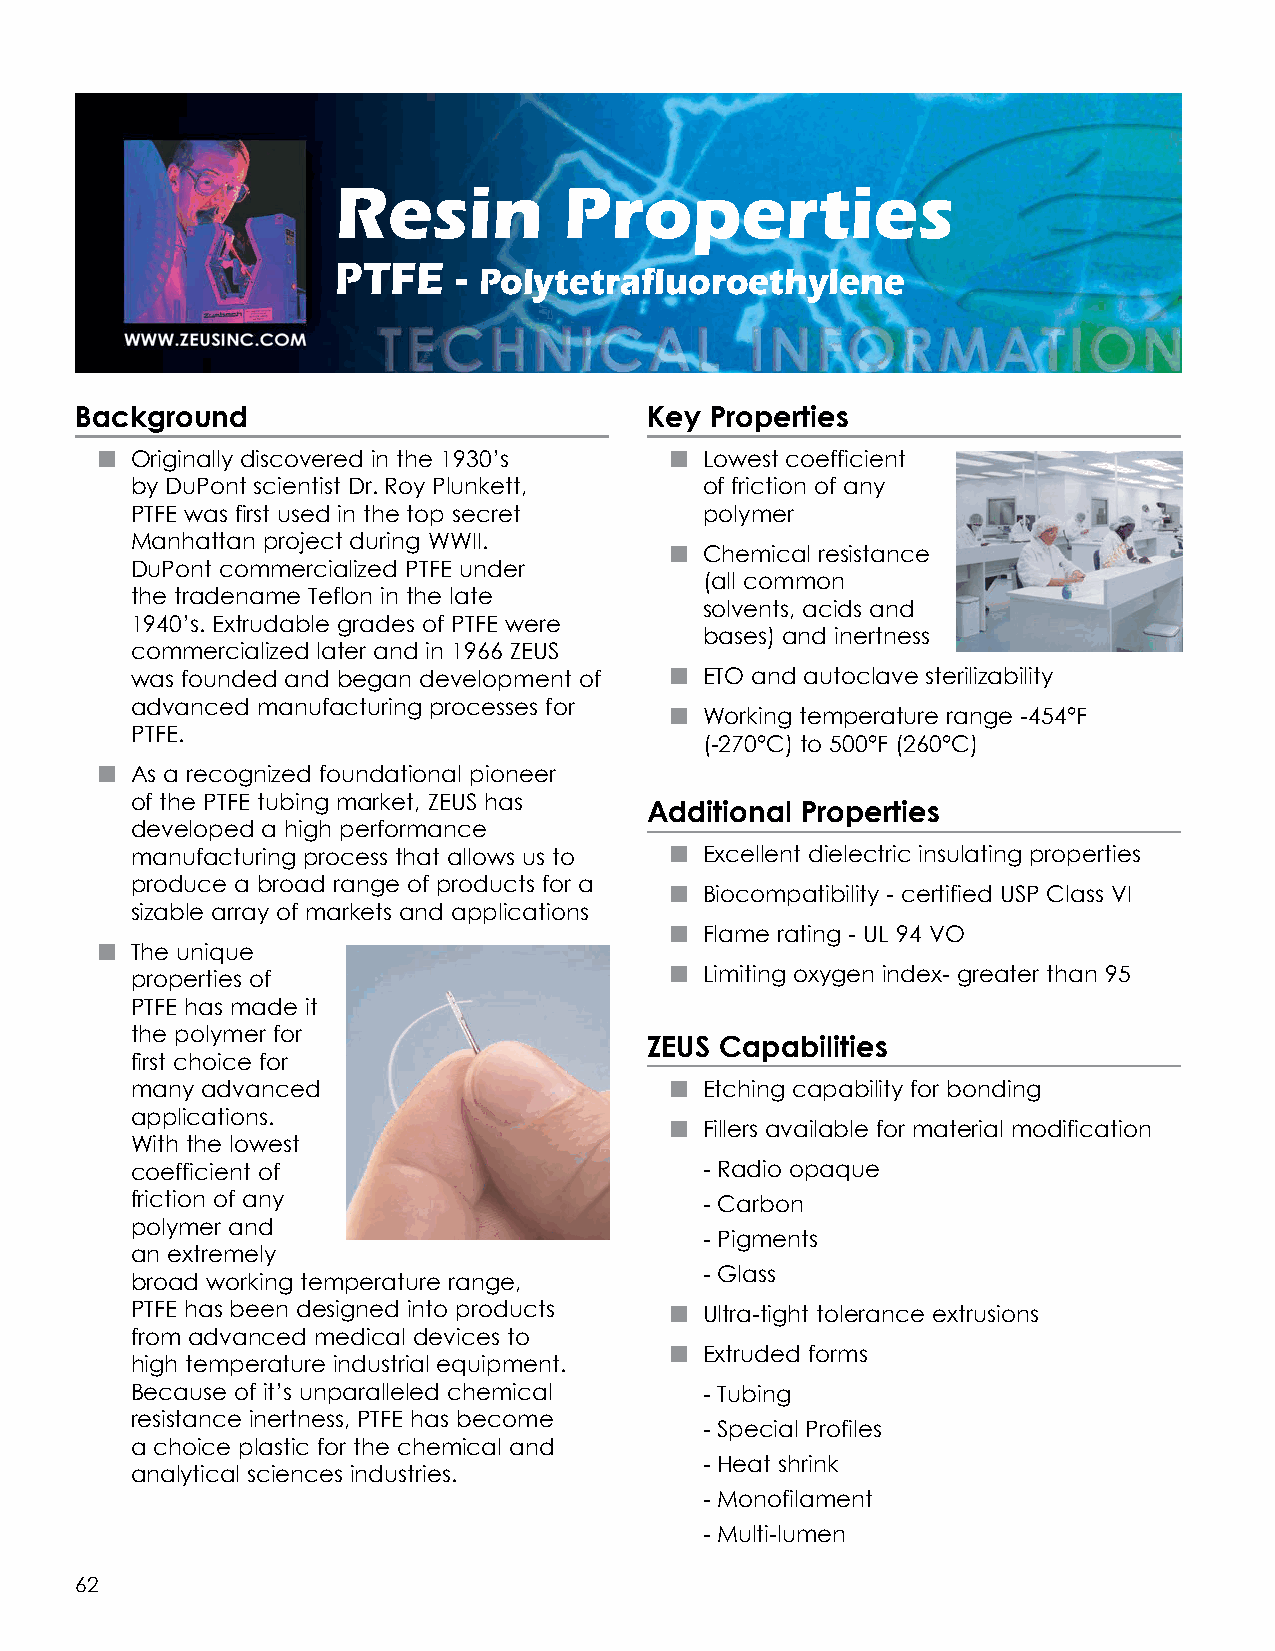
Resin          Properties
 PTFE    - Polytetrafluoroethylene
 Background                            Key Properties
 n Originally discovered in the 1930’s n Lowest coefficient
 by DuPont scientist Dr. Roy Plunkett, of friction of any
 PTFE was first used in the top secret polymer
 Manhattan project during WWII.
 n  Chemical resistance
 DuPont commercialized PTFE under
 (all common
 the tradename Teflon in the late
 solvents, acids and
 1940’s. Extrudable grades of PTFE were
 bases) and inertness
 commercialized later and in 1966 ZEUS
 was founded and began development of n ETO and autoclave sterilizability
 advanced manufacturing processes for
 n  Working temperature range -454°F
 PTFE.
 (-270°C) to 500°F (260°C)
 n As a recognized foundational pioneer
 of the PTFE tubing market, ZEUS has
 Additional Properties
 developed a high performance
 manufacturing process that allows us to n Excellent dielectric insulating properties
 produce a broad range of products for a
 n  Biocompatibility - certified USP Class VI
 sizable array of markets and applications
 n  Flame rating - UL 94 VO
 n The unique
 properties of                      n  Limiting oxygen index- greater than 95
 PTFE has made it
 the polymer for
 ZEUS Capabilities
 first choice for
 many advanced                      n  Etching capability for bonding
 applications.
 n  Fillers available for material modification
 With the lowest
 coefficient of                        - Radio opaque
 friction of any                       - Carbon
 polymer and
 - Pigments
 an extremely
 - Glass
 broad working temperature range,
 PTFE has been designed into products n Ultra-tight tolerance extrusions
 from advanced medical devices to
 n  Extruded forms
 high temperature industrial equipment.
 Because of it’s unparalleled chemical - Tubing
 resistance inertness, PTFE has become
 - Special Profiles
 a choice plastic for the chemical and
 - Heat shrink
 analytical sciences industries.
 - Monofilament
 - Multi-lumen
 62